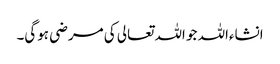
انشاءاللہ جو اللہ تعالی کی مرضی ہوگی۔